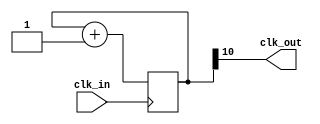
// divides clock by 2048
module clkgen( input    clk_in,
               output   clk_out );

reg [10:0] counter = 11'd0;

always @(posedge clk_in)
begin
    counter <= counter + 1'b1;
end

assign clk_out = counter[10];

endmodule